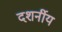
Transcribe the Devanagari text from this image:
दशर्नीय